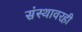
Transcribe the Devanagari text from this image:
संस्थावरही